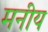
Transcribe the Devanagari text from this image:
मनीय